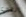
التي